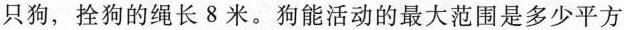
只狗，拴狗的绳长8米。狗能活动的最大范围是多少平方